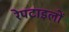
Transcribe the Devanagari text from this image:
रेपटाइलों